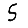
Digit: 5